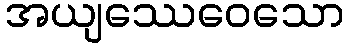
အယျဿေဝေသော